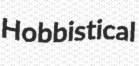
Hobbistical